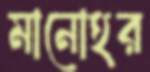
মানোহর